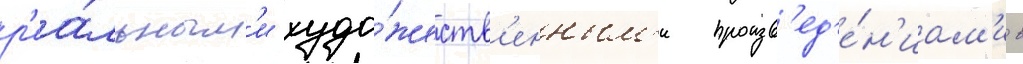
р'еа́льным'и худо́жеств'енным'и произв'ед'е́н'иам'и в